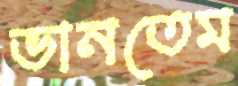
ভানতেম